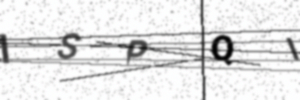
Text: ISPQI